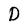
Character: D